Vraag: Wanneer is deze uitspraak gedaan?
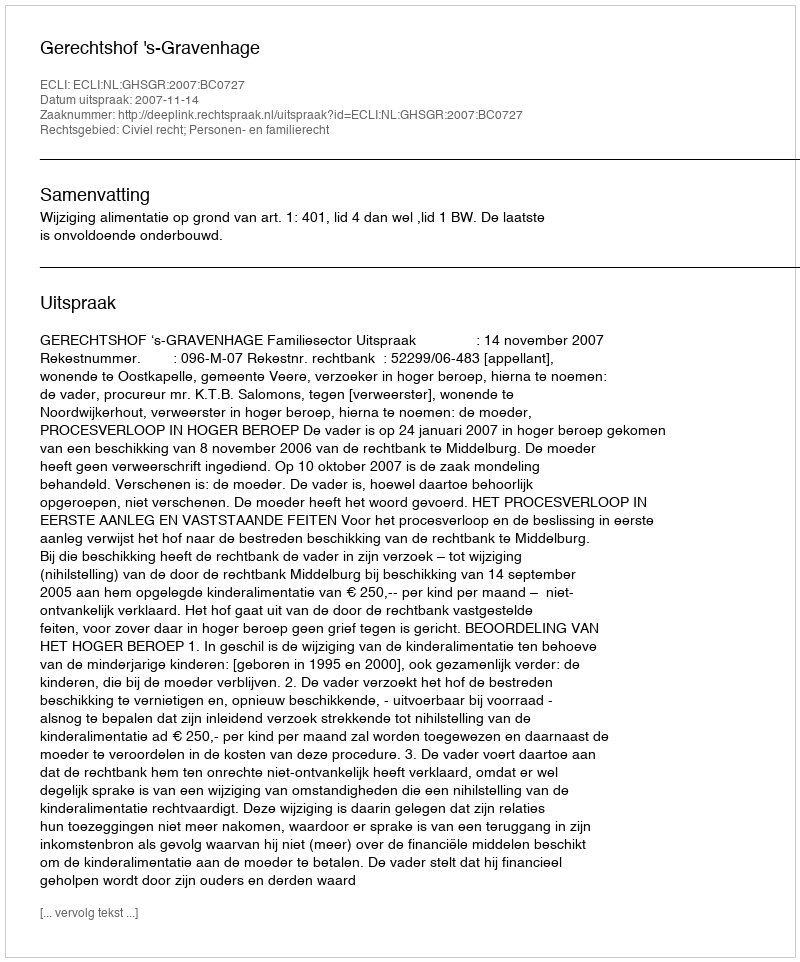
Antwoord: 2007-11-14